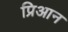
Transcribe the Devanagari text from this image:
प्रिआन